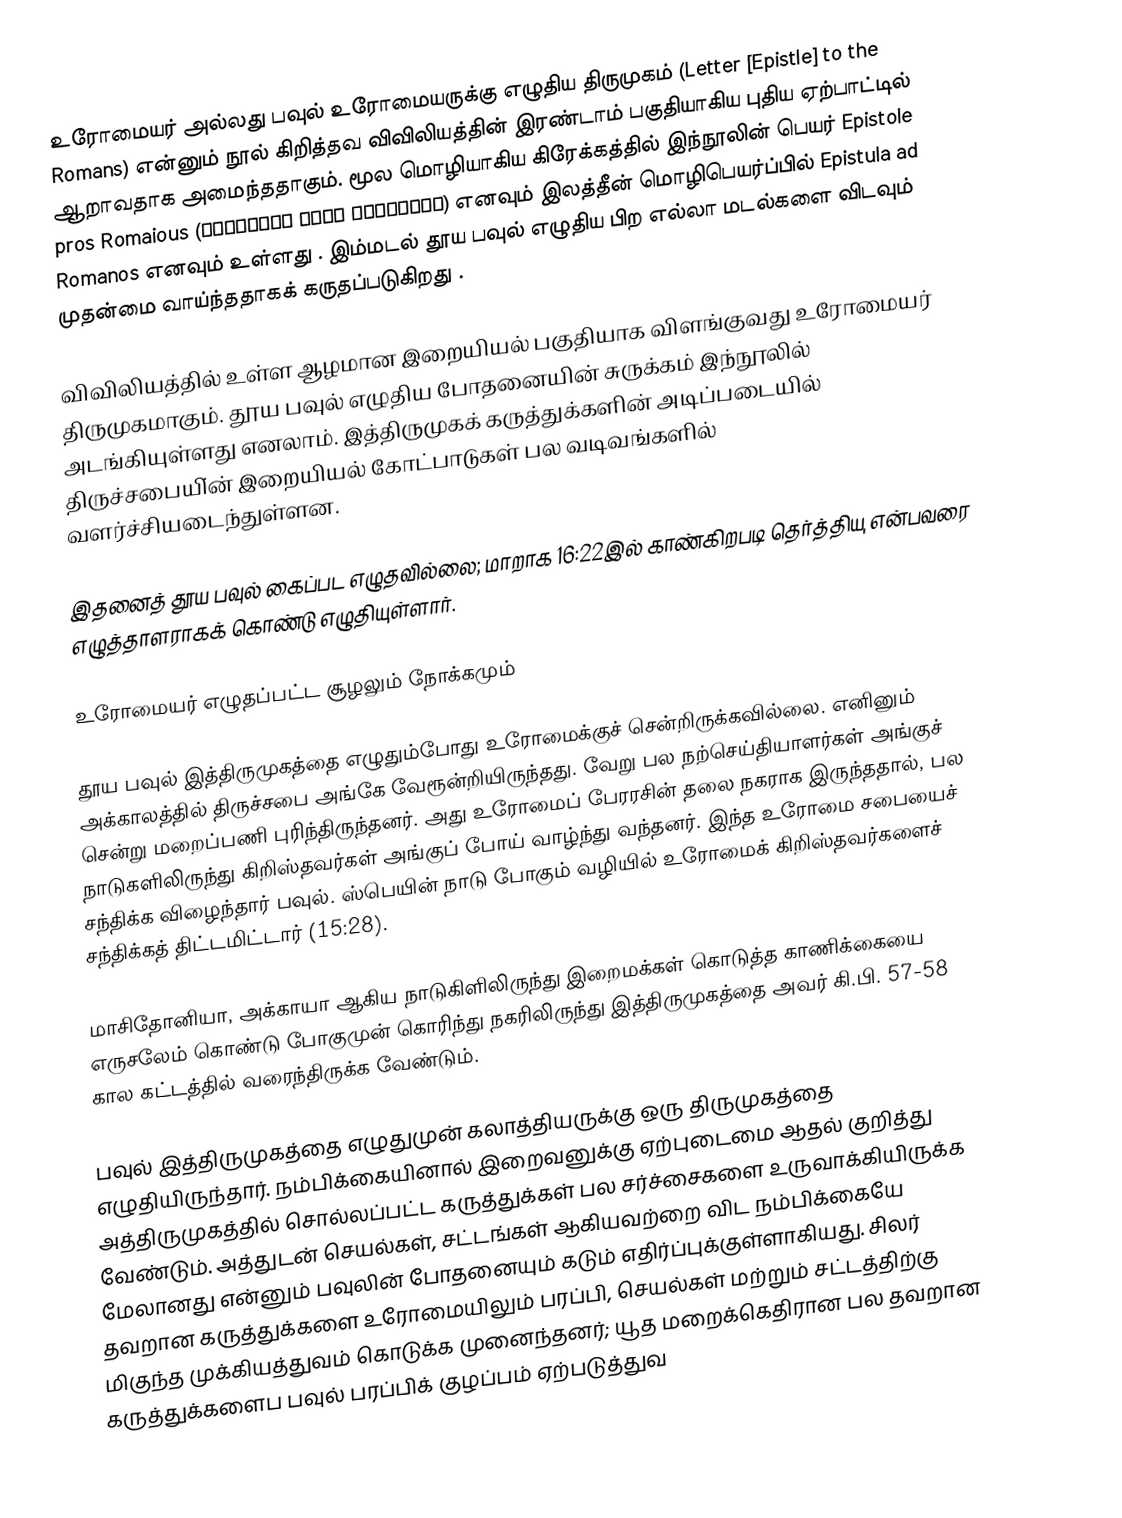
உரோமையர் அல்லது பவுல் உரோமையருக்கு எழுதிய திருமுகம் (Letter [Epistle] to the Romans)  என்னும் நூல் கிறித்தவ விவிலியத்தின் இரண்டாம் பகுதியாகிய புதிய ஏற்பாட்டில் ஆறாவதாக அமைந்ததாகும். மூல மொழியாகிய கிரேக்கத்தில் இந்நூலின் பெயர் Epistole pros Romaious (Επιστολή προς Ρωμαίους) எனவும் இலத்தீன் மொழிபெயர்ப்பில் Epistula ad Romanos எனவும் உள்ளது .  இம்மடல் தூய பவுல் எழுதிய பிற எல்லா மடல்களை விடவும் முதன்மை வாய்ந்ததாகக் கருதப்படுகிறது .

விவிலியத்தில் உள்ள ஆழமான இறையியல் பகுதியாக விளங்குவது உரோமையர் திருமுகமாகும். தூய பவுல் எழுதிய போதனையின் சுருக்கம் இந்நூலில் அடங்கியுள்ளது எனலாம். இத்திருமுகக் கருத்துக்களின் அடிப்படையில் திருச்சபையி்ன் இறையியல் கோட்பாடுகள் பல வடிவங்களில் வளர்ச்சியடைந்துள்ளன.

இதனைத் தூய பவுல் கைப்பட எழுதவில்லை; மாறாக 16:22இல் காண்கிறபடி தெர்த்தியு என்பவரை எழுத்தாளராகக் கொண்டு எழுதியுள்ளார்.

உரோமையர் எழுதப்பட்ட சூழலும் நோக்கமும்

தூய பவுல் இத்திருமுகத்தை எழுதும்போது உரோமைக்குச் சென்றிருக்கவில்லை. எனினும் அக்காலத்தில் திருச்சபை அங்கே வேரூன்றியிருந்தது. வேறு பல நற்செய்தியாளர்கள் அங்குச் சென்று மறைப்பணி புரிந்திருந்தனர். அது உரோமைப் பேரரசின் தலை நகராக இருந்ததால், பல நாடுகளிலிருந்து கிறிஸ்தவர்கள் அங்குப் போய் வாழ்ந்து வந்தனர். இந்த உரோமை சபையைச் சந்திக்க விழைந்தார் பவுல். ஸ்பெயின் நாடு போகும் வழியில் உரோமைக் கிறிஸ்தவர்களைச் சந்திக்கத் திட்டமிட்டார் (15:28).

மாசிதோனியா, அக்காயா ஆகிய நாடுகிளிலிருந்து இறைமக்கள் கொடுத்த காணிக்கையை எருசலேம் கொண்டு போகுமுன் கொரிந்து நகரிலிருந்து இத்திருமுகத்தை அவர் கி.பி. 57-58 கால கட்டத்தில் வரைந்திருக்க வேண்டும்.

பவுல் இத்திருமுகத்தை எழுதுமுன் கலாத்தியருக்கு ஒரு திருமுகத்தை எழுதியிருந்தார். நம்பிக்கையினால் இறைவனுக்கு ஏற்புடைமை ஆதல் குறித்து அத்திருமுகத்தில் சொல்லப்பட்ட கருத்துக்கள் பல சர்ச்சைகளை உருவாக்கியிருக்க வேண்டும். அத்துடன் செயல்கள், சட்டங்கள் ஆகியவற்றை விட நம்பிக்கையே மேலானது என்னும் பவுலின் போதனையும் கடும் எதிர்ப்புக்குள்ளாகியது. சிலர் தவறான கருத்துக்களை உரோமையிலும் பரப்பி, செயல்கள் மற்றும் சட்டத்திற்கு மிகுந்த முக்கியத்துவம் கொடுக்க முனைந்தனர்; யூத மறைக்கெதிரான பல தவறான கருத்துக்களைப பவுல் பரப்பிக் குழப்பம் ஏற்படுத்துவ